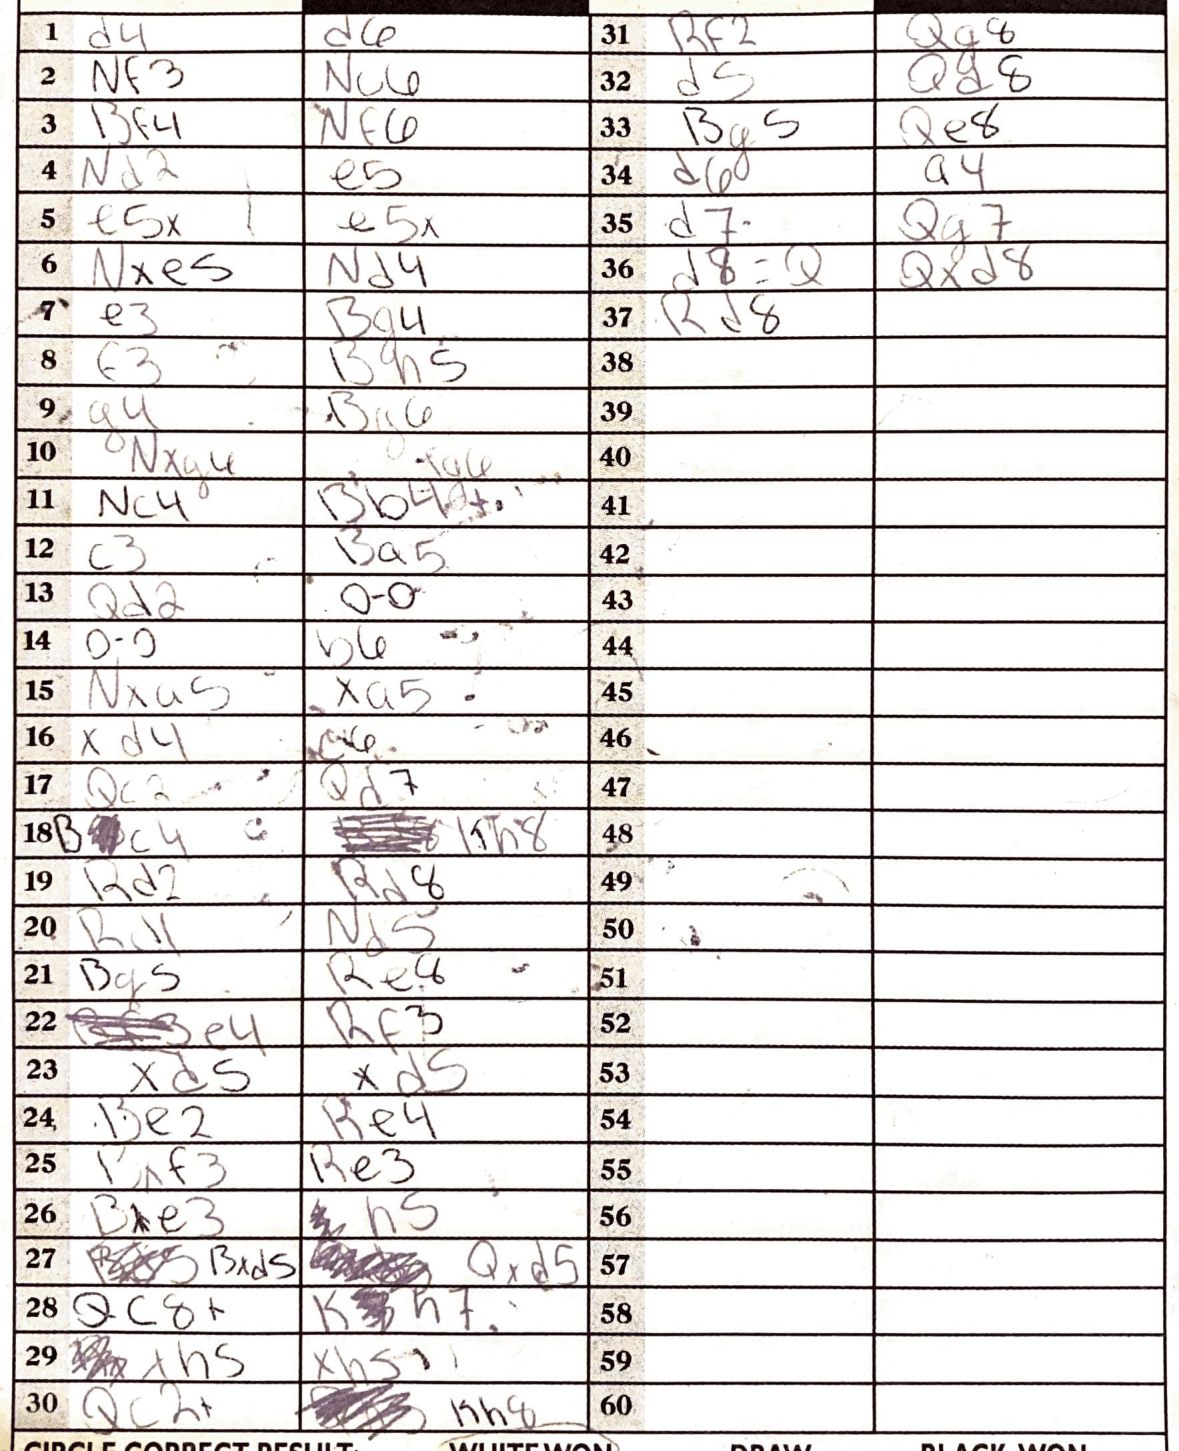
Moves: d4 d6 Nf3 Nc6 Bf4 Nf6 Nd2 e5 e5x e5x Nxe5 Nd4 e3 Bg4 f3 Bh5 g4 Bg6 Nxg6 Nc4 Bb4+ c3 Ba5 Qd2 O-O O-O b6 Nxa5 xa5 xd4 c6 Qc2 Qd7 Bc4 Kh8 Rd2 Rd8 Rd1 Nd5 Bg5 Re8 e4 Rf3 xd5 xd5 Be2 Re4 Bxf3 Re3 Bxe3 h5 Bxd5 Qxd5 Qc8+ Kh7 xh5 xh5 Qc2+ Kh8 Rf2 Qg8 d5 Qd8 Bg5 Qe8 d6 a4 d7 Qg7 d8=Q Qxd8 Rd8